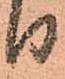
り